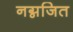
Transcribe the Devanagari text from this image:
नग्नजित